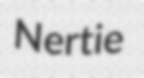
Nertie